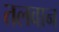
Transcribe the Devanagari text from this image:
तलवान